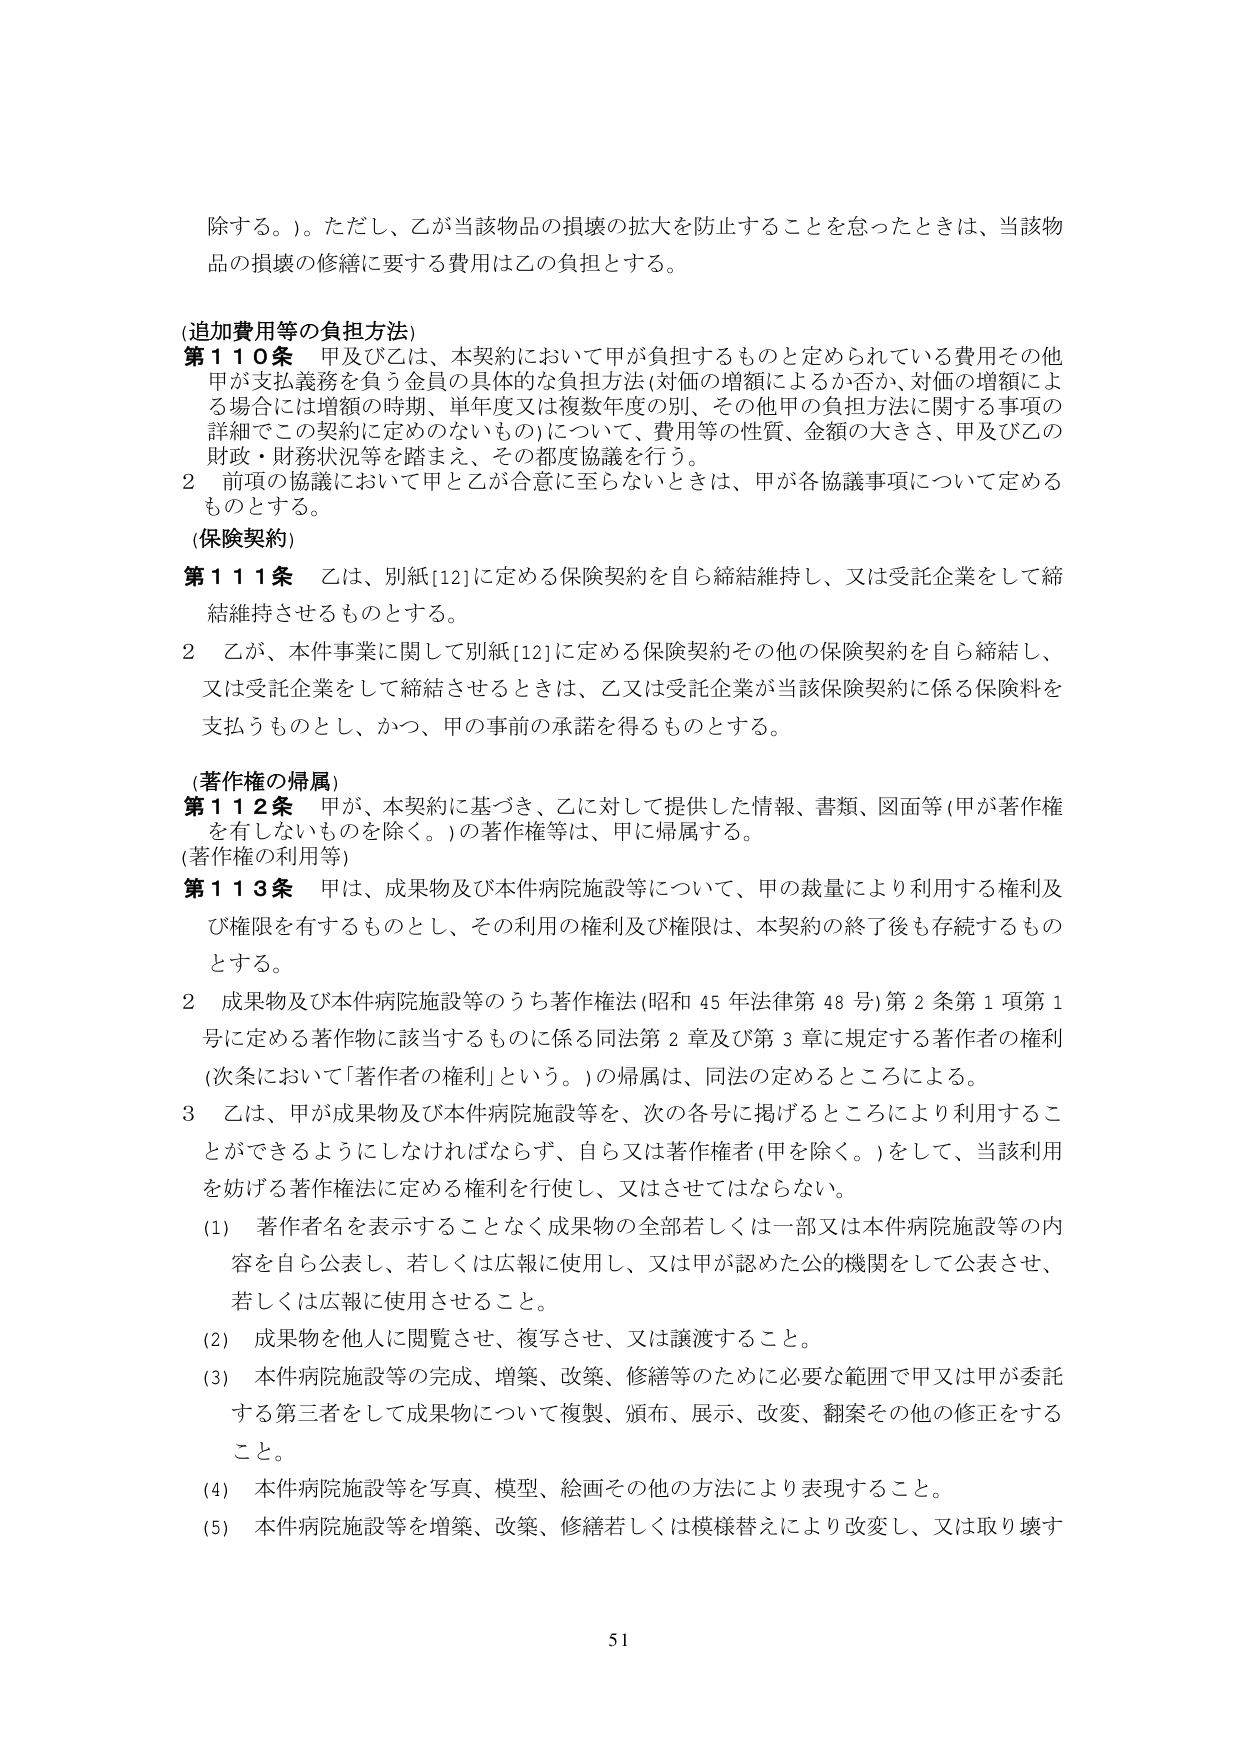
除する。）。ただし、乙が当該物品の損壊の拡大を防止することを怠ったときは、当該物品の損壊の修繕に要する費用は乙の負担とする。

(追加費用等の負担方法)
第110条 甲及び乙は、本契約において甲が負担するものと定められている費用その他甲が支払義務を負う金員の具体的な負担方法（対価の増額によるか否か、対価の増額による場合には増額の時期、単年度又は複数年度の別、その他甲の負担方法に関する事項の詳細でこの契約に定めのないもの）について、費用等の性質、金額の大きさ、甲及び乙の財政・財務状況等を踏まえ、その都度協議を行う。
2 前項の協議において甲と乙が合意に至らないときは、甲が各協議事項について定めるものとする。

(保険契約)
第111条 乙は、別紙[12]に定める保険契約を自ら締結維持し、又は受託企業をして締結維持させるものとする。
2 乙が、本件事業に関して別紙[12]に定める保険契約その他の保険契約を自ら締結し、又は受託企業をして締結させるときは、乙又は受託企業が当該保険契約に係る保険料を支払うものとし、かつ、甲の事前の承諾を得るものとする。

(著作権の帰属)
第112条 甲が、本契約に基づき、乙に対して提供した情報、書類、図面等（甲が著作権を有しないものを除く。）の著作権等は、甲に帰属する。

(著作権の利用等)
第113条 甲は、成果物及び本件病院施設等について、甲の裁量により利用する権利及び権限を有するものとし、その利用の権利及び権限は、本契約の終了後も存続するものとする。
2 成果物及び本件病院施設等のうち著作権法（昭和45年法律第48号）第2条第1項第1号に定める著作物に該当するものに係る同法第2章及び第3章に規定する著作者の権利（次条において「著作者の権利」という。）の帰属は、同法の定めるところによる。
3 乙は、甲が成果物及び本件病院施設等を、次の各号に掲げるところにより利用することができるようにしなければならず、自ら又は著作権者（甲を除く。）をして、当該利用を妨げる著作権法に定める権利を行使し、又はさせてはならない。
(1) 著作者名を表示することなく成果物の全部若しくは一部又は本件病院施設等の内容を自ら公表し、若しくは広報に使用し、又は甲が認めた公的機関をして公表させ、若しくは広報に使用させること。
(2) 成果物を他人に閲覧させ、複写させ、又は譲渡すること。
(3) 本件病院施設等の完成、増築、改築、修繕等のために必要な範囲で甲又は甲が委託する第三者をして成果物について複製、頒布、展示、改変、翻案その他の修正をすること。
(4) 本件病院施設等を写真、模型、絵画その他の方法により表現すること。
(5) 本件病院施設等を増築、改築、修繕若しくは模様替えにより改変し、又は取り壊す

51